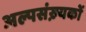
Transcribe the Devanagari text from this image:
अल्पसंख़्यकों